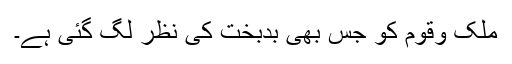
ملک وقوم کو جس بھی بدبخت کی نظر لگ گئی ہے۔